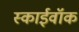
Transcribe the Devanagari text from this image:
स्काईवॉक